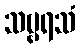
သဗ္ဗရသံ